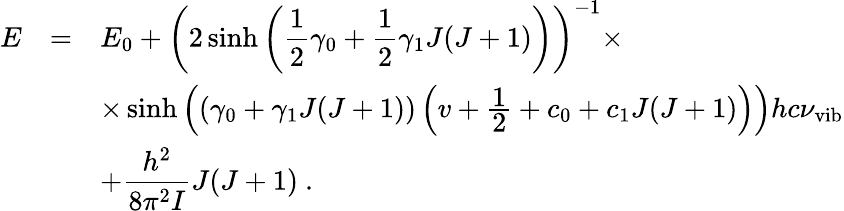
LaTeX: \begin{array}{rcl}{{E}}&{{=}}&{{E_{0}+\left(\displaystyle 2\sinh\left({\frac{1}{2}}\gamma_{0}+{\frac{1}{2}}\gamma_{1}J(J+1)\right)\right)^{-1}\times}}\\ {{}}&{{}}&{{\times\sinh\left(\left(\displaystyle\gamma_{0}+\gamma_{1}J(J+1)\right)\left(v+{\frac{\displaystyle 1}{\displaystyle 2}}+c_{0}+c_{1}J(J+1)\right)\right)hc\nu_{\mathrm{vib}}}}\\ {{}}&{{}}&{{+\displaystyle\frac{h^{2}}{8\pi^{2}I}J(J+1)~.}}\end{array}